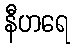
နီဟရေ